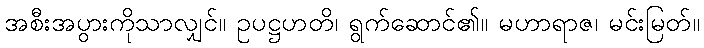
အစီးအပွားကိုသာလျှင်။ ဥပဋ္ဌဟတိ၊ ရွက်ဆောင်၏။ မဟာရာဇ၊ မင်းမြတ်။